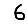
Digit: 6